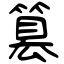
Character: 篡